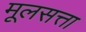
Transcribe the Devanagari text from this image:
मूलसत्ता